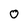
Character: 0